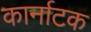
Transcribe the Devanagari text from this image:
कार्नाटक